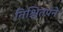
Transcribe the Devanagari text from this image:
निश्चितपने